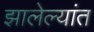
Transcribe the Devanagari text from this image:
झालेल्‍यांत